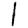
Digit: 1